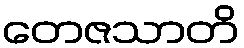
တေဇသာတိ